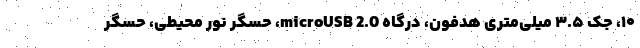
۱۰، جک ۳.۵ میلی‌متری هدفون، درگاه microUSB 2.0، حسگر نور محیطی، حسگر